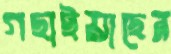
গছাইয়াছেন